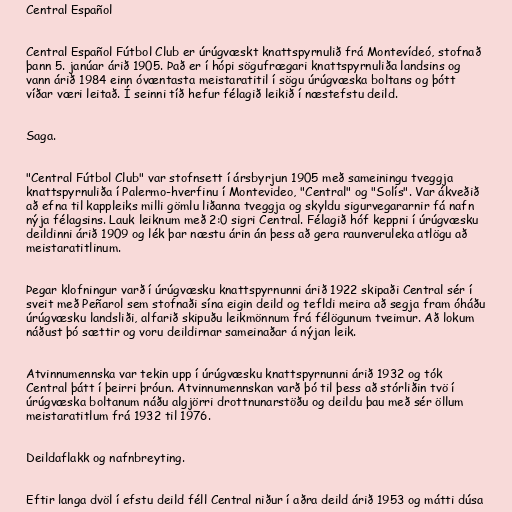
Central Español

Central Español Fútbol Club er úrúgvæskt knattspyrnulið frá Montevídeó, stofnað
þann 5. janúar árið 1905. Það er í hópi sögufrægari knattspyrnuliða landsins og
vann árið 1984 einn óvæntasta meistaratitil í sögu úrúgvæska boltans og þótt
víðar væri leitað. Í seinni tíð hefur félagið leikið í næstefstu deild.

Saga.

"Central Fútbol Club" var stofnsett í ársbyrjun 1905 með sameiningu tveggja
knattspyrnuliða í Palermo-hverfinu í Montevideo, "Central" og "Solís". Var ákveðið
að efna til kappleiks milli gömlu liðanna tveggja og skyldu sigurvegararnir fá nafn
nýja félagsins. Lauk leiknum með 2:0 sigri Central. Félagið hóf keppni í úrúgvæsku
deildinni árið 1909 og lék þar næstu árin án þess að gera raunveruleka atlögu að
meistaratitlinum.

Þegar klofningur varð í úrúgvæsku knattspyrnunni árið 1922 skipaði Central sér í
sveit með Peñarol sem stofnaði sína eigin deild og tefldi meira að segja fram óháðu
úrúgvæsku landsliði, alfarið skipuðu leikmönnum frá félögunum tveimur. Að lokum
náðust þó sættir og voru deildirnar sameinaðar á nýjan leik.

Atvinnumennska var tekin upp í úrúgvæsku knattspyrnunni árið 1932 og tók
Central þátt í þeirri þróun. Atvinnumennskan varð þó til þess að stórliðin tvö í
úrúgvæska boltanum náðu algjörri drottnunarstöðu og deildu þau með sér öllum
meistaratitlum frá 1932 til 1976.

Deildaflakk og nafnbreyting.

Eftir langa dvöl í efstu deild féll Central niður í aðra deild árið 1953 og mátti dúsa